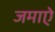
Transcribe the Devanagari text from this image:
जमाऐ